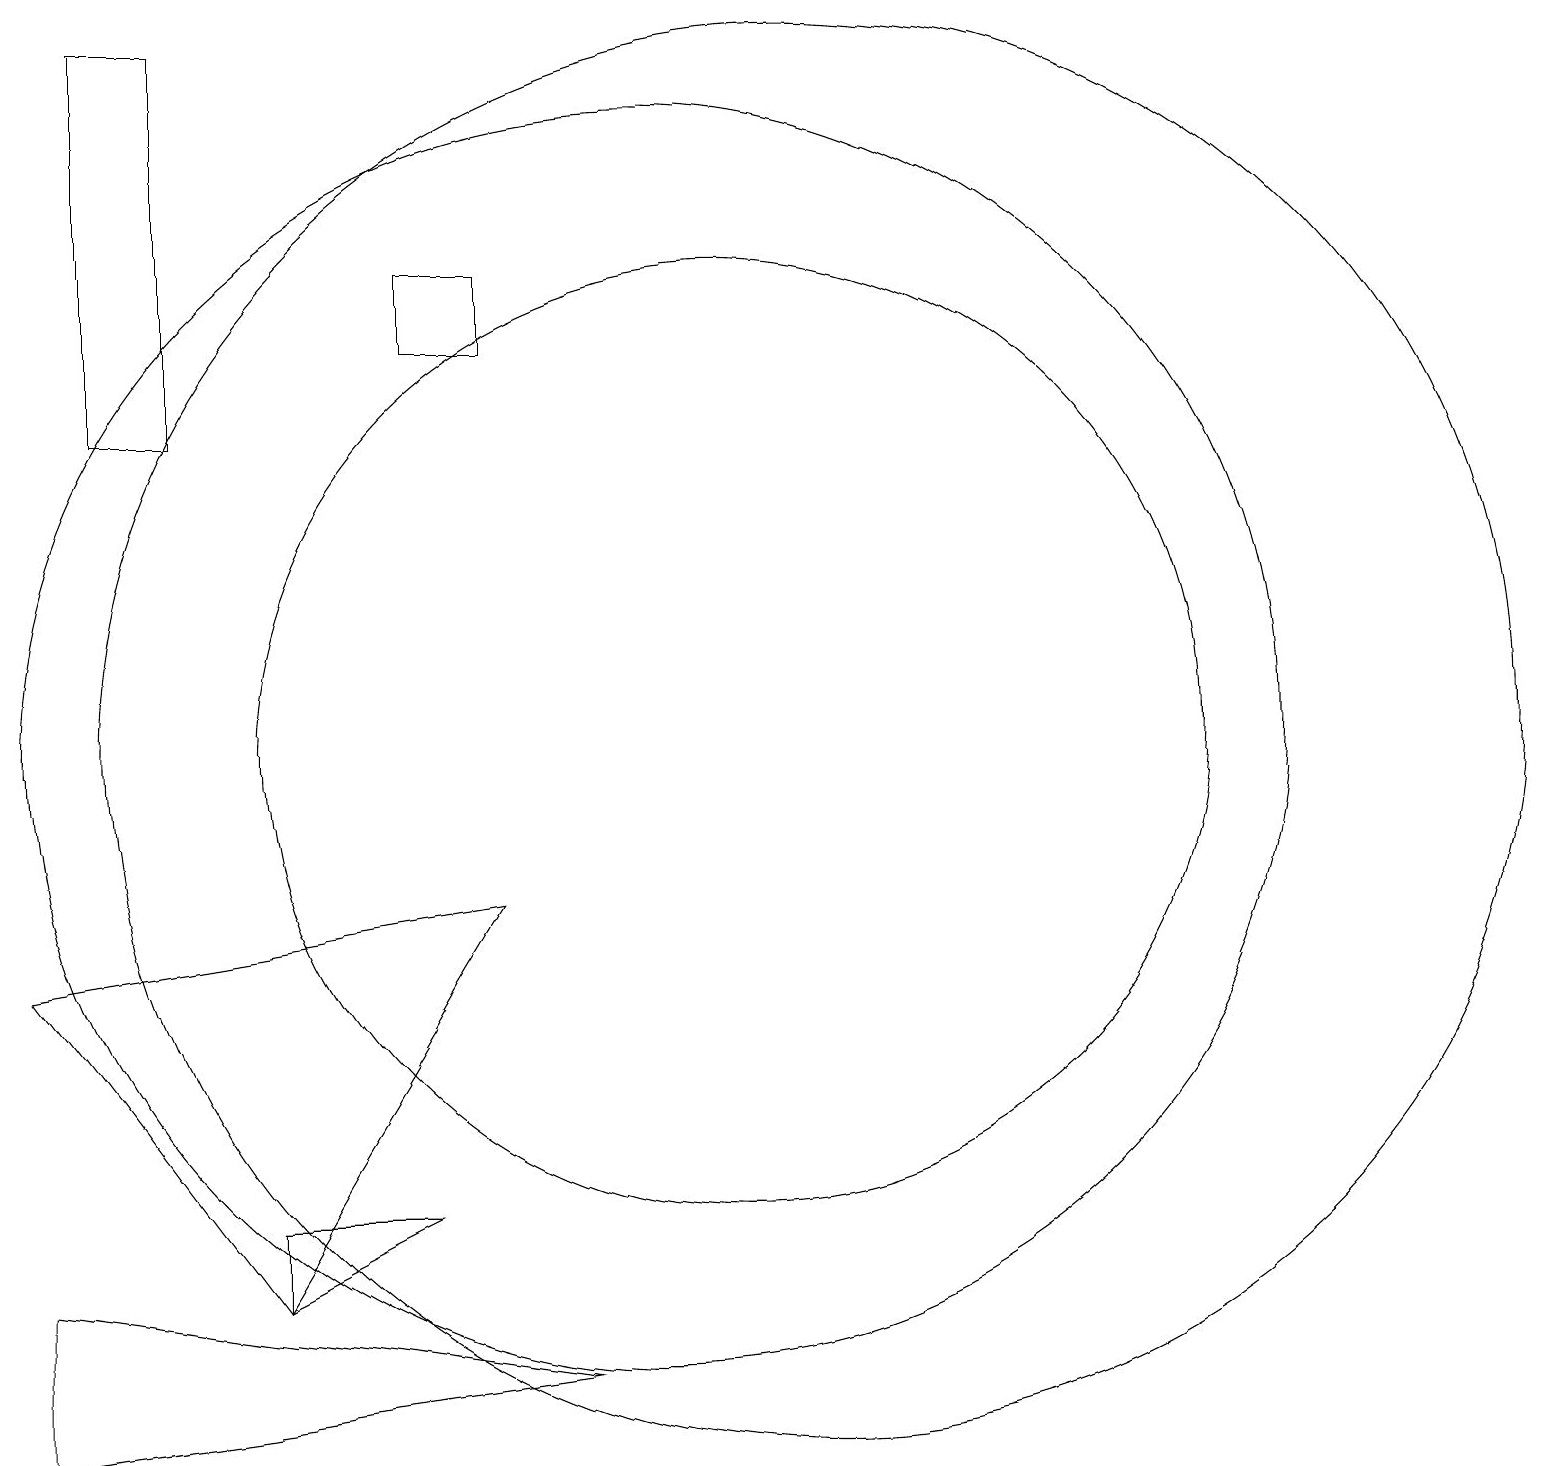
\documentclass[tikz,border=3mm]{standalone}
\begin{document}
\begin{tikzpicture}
\draw (5,4) -- (5,3) -- (7,4) -- cycle;
\draw (11,10) circle (6);
\draw (2,3) -- (9,2) -- (2,1) -- cycle;
\draw (8,15) rectangle (7,16);
\draw (4,14) rectangle (3,19);
\draw (12,10) circle (9);
\draw (10,10) circle (8);
\draw (2,7) -- (5,3) -- (8,8) -- cycle;
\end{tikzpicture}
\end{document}